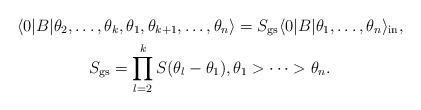
LaTeX: \begin{gather*} \langle 0 \vert B \vert \theta_{2},\dots,\theta_{k},\theta_{1},\theta_{k+1},\dots,\theta_{n} \rangle =S_{\rm gs} \langle0 \vert B \vert \theta_{1},\dots,\theta_{n} \rangle _{\rm in},\\S_{\rm gs}=\prod\limits_{l=2}^{k}S(\theta_{l}-\theta_{1}), \theta_{1} >\cdots >\theta_{n}.\end{gather*}